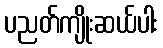
ပညတ်ကျိုးဆယ်ပါး